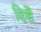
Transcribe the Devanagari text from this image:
दिसै